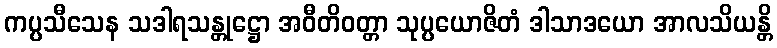
ကပ္ပသီသေန သဒါရသန္တုဋ္ဌော အဝီတိဝတ္တာ သုပ္ပယောဇိတံ ဒါသာဒယော အာလသိယန္တိ